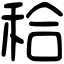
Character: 秴